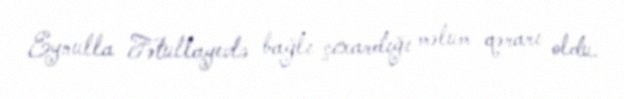
Eynulla Fətullayevlə bağlı çıxardığı məlum qərarı oldu.